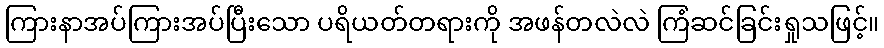
ကြားနာအပ်ကြားအပ်ပြီးသော ပရိယတ်တရားကို အဖန်တလဲလဲ ကြံဆင်ခြင်းရှုသဖြင့်။